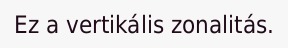
Ez a vertikális zonalitás.